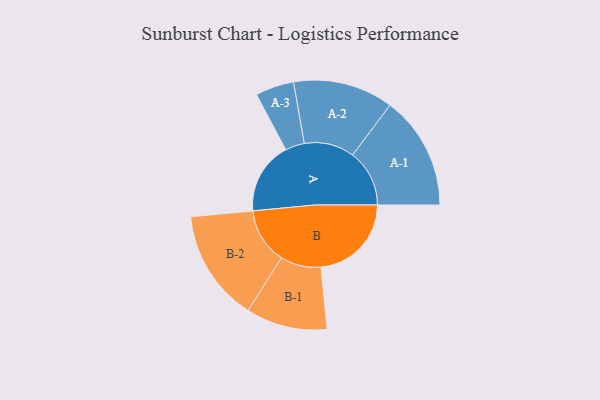
{"axis": {"x": "Segment", "y": "Value"}, "legend": ["", "A", "B"], "data": [{"x": "A", "y": 379, "type": ""}, {"x": "B", "y": 474, "type": ""}, {"x": "A-1", "y": 298, "type": "A"}, {"x": "A-2", "y": 263, "type": "A"}, {"x": "A-3", "y": 101, "type": "A"}, {"x": "B-1", "y": 213, "type": "B"}, {"x": "B-2", "y": 293, "type": "B"}]}